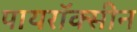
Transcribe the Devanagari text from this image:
पायरॉक्सीन